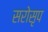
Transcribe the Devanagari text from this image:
सरोसृप